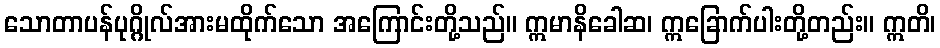
သောတာပန်ပုဂ္ဂိုလ်အားမထိုက်သော အကြောင်းတို့သည်။ ဣမာနိခေါဆ၊ ဣခြောက်ပါးတို့တည်း။ ဣတိ၊